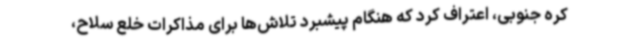
کره جنوبی، اعتراف کرد که هنگام پیشبرد تلاش‌ها برای مذاکرات خلع سلاح،